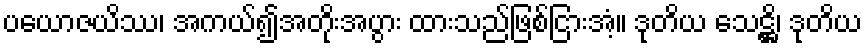
ပယောဇယိဿ၊ အကယ်၍အတိုးအပွား ထားသည်ဖြစ်ငြားအံ့။ ဒုတိယ သေဋ္ဌိ၊ ဒုတိယ